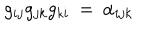
g _ { i j } g _ { j k } g _ { k i } \: = \: \alpha _ { i j k }